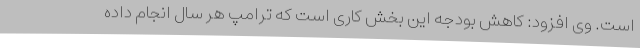
است. وی افزود: کاهش بودجه این بخش کاری است که ترامپ هر سال انجام داده